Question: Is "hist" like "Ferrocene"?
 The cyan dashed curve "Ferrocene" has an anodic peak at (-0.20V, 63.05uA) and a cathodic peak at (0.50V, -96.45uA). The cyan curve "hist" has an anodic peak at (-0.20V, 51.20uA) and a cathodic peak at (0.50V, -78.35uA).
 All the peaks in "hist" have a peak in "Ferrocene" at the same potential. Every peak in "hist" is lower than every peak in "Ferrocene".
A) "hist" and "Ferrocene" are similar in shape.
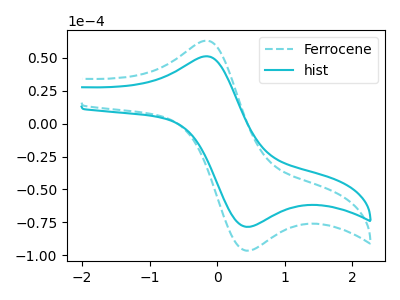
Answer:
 <answer>A) "hist" and "Ferrocene" are similar in shape.</answer>
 <eval>A</eval>